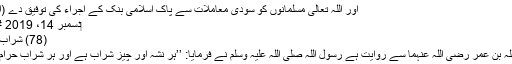
اور اللہ تعالیٰ مسلمانوں کو سودی معاملات سے پاک اسلامی بنک کے اجراء کی توفیق دے (آمین)
‏دسمبر 14، 2019 #24
(78) شراب پینا:
عبد اللہ بن عمر رضی اللہ عنہما سے روایت ہے رسول اللہ صلی اللہ علیہ وسلم نے فرمایا: ’’ہر نشہ آور چیز شراب ہے اور ہر شراب حرام ہے۔